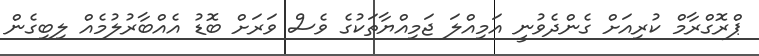
ޕްރޮގްރާމް ކުރިއަށް ގެންދެވުނީ އަމިއްލަ ޖަމިއްޔާތަކުގެ ވެސް ވަރަށް ބޮޑު އެއްބާރުލުމެއް ލިބިގެން